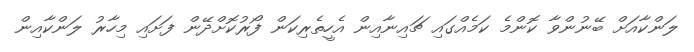
ލަންކާއަށް ބޭނުންވާ ކޮންމެ ކަމެއްގައި ޗައިނާއިން އެހީތެރިކަން ފޯރުކޮށްދޭން ފަށައި މިހާރު ލަންކާއިން